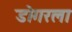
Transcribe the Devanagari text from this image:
डोगरला